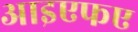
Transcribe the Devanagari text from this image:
आइएफए